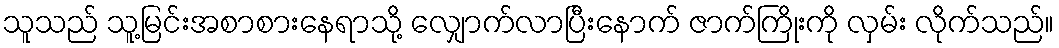
သူသည် သူ့မြင်းအစာစားနေရာသို့ လျှောက်လာပြီးနောက် ဇာက်ကြိုးကို လှမ်း လိုက်သည်။